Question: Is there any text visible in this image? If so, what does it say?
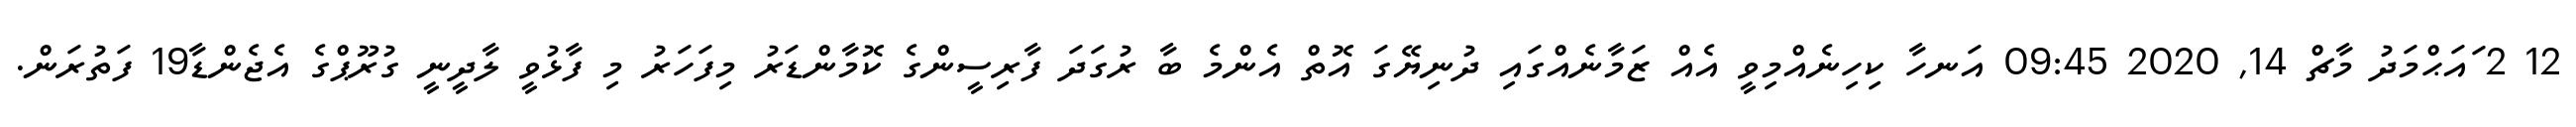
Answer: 12 2 ައަޙްމަދު މާޗް 14, 2020 09:45 އަނހާ ކިހިނެއްމިވީ އެއް ޒަމާނެއްގައި ދުނިޔޭގަ އޮތް އެންމެ ބާ ރުގަދަ ފާރިސީންގެ ކޮމާންޑަރު މިފަހަރު މި ފާޅުވީ ލާދީނީ ގުރޫޕްގެ އެޖެންޑާ19 ފަތުރަން.